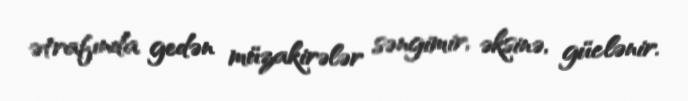
ətrafında gedən müzakirələr səngimir, əksinə, güclənir.